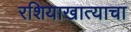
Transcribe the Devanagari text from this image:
रशियाखात्याचा